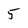
Character: 5